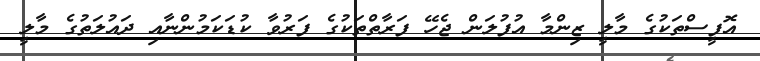
އޮފީސްތަކުގެ މާލީ ޒިންމާ އުފުލަން ޖެހޭ ފަރާތްތަކުގެ ފަރުވާ ކުޑަކަމުންނާއި ދައުލަތުގެ މާލީ